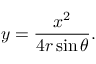
y = { \frac { x ^ { 2 } } { 4 r \sin \theta } } .